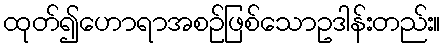
ထုတ်၍ဟောရာအစဉ်ဖြစ်သောဥဒါန်းတည်း။